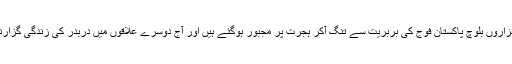
اس روٹ پر آباد ہزاروں بلوچ پاکستان فوج کی بربریت سے تنگ آکر ہجرت پر مجبور ہوگئے ہیں اور آج دوسرے علاقوں میں دربدر کی زندگی گزارنے پر مجبور ہیں۔